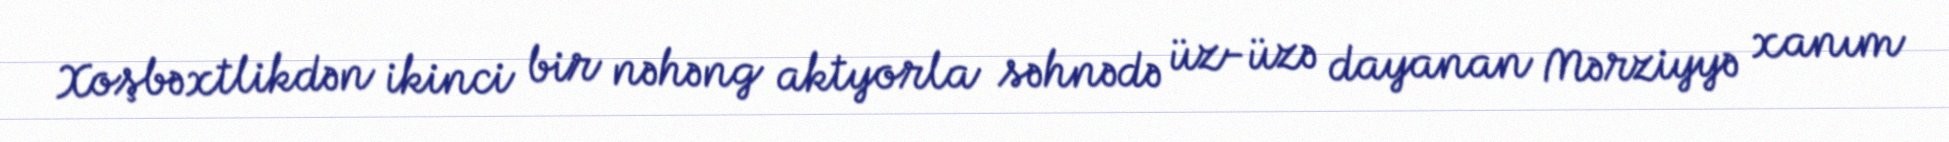
Xoşbəxtlikdən ikinci bir nəhəng aktyorla səhnədə üz-üzə dayanan Mərziyyə xanım